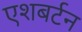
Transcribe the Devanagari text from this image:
एशबर्टन